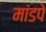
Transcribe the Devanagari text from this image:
मांडपे